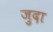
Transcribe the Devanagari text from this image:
ज़ुदा